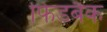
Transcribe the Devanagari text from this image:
फिडबैक